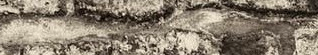
مستشفى الحياة